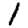
Digit: 1